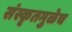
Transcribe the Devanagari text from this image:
संस्कृतमुळेच